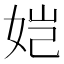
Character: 𫝧